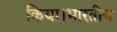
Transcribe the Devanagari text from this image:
किया।भारतीय